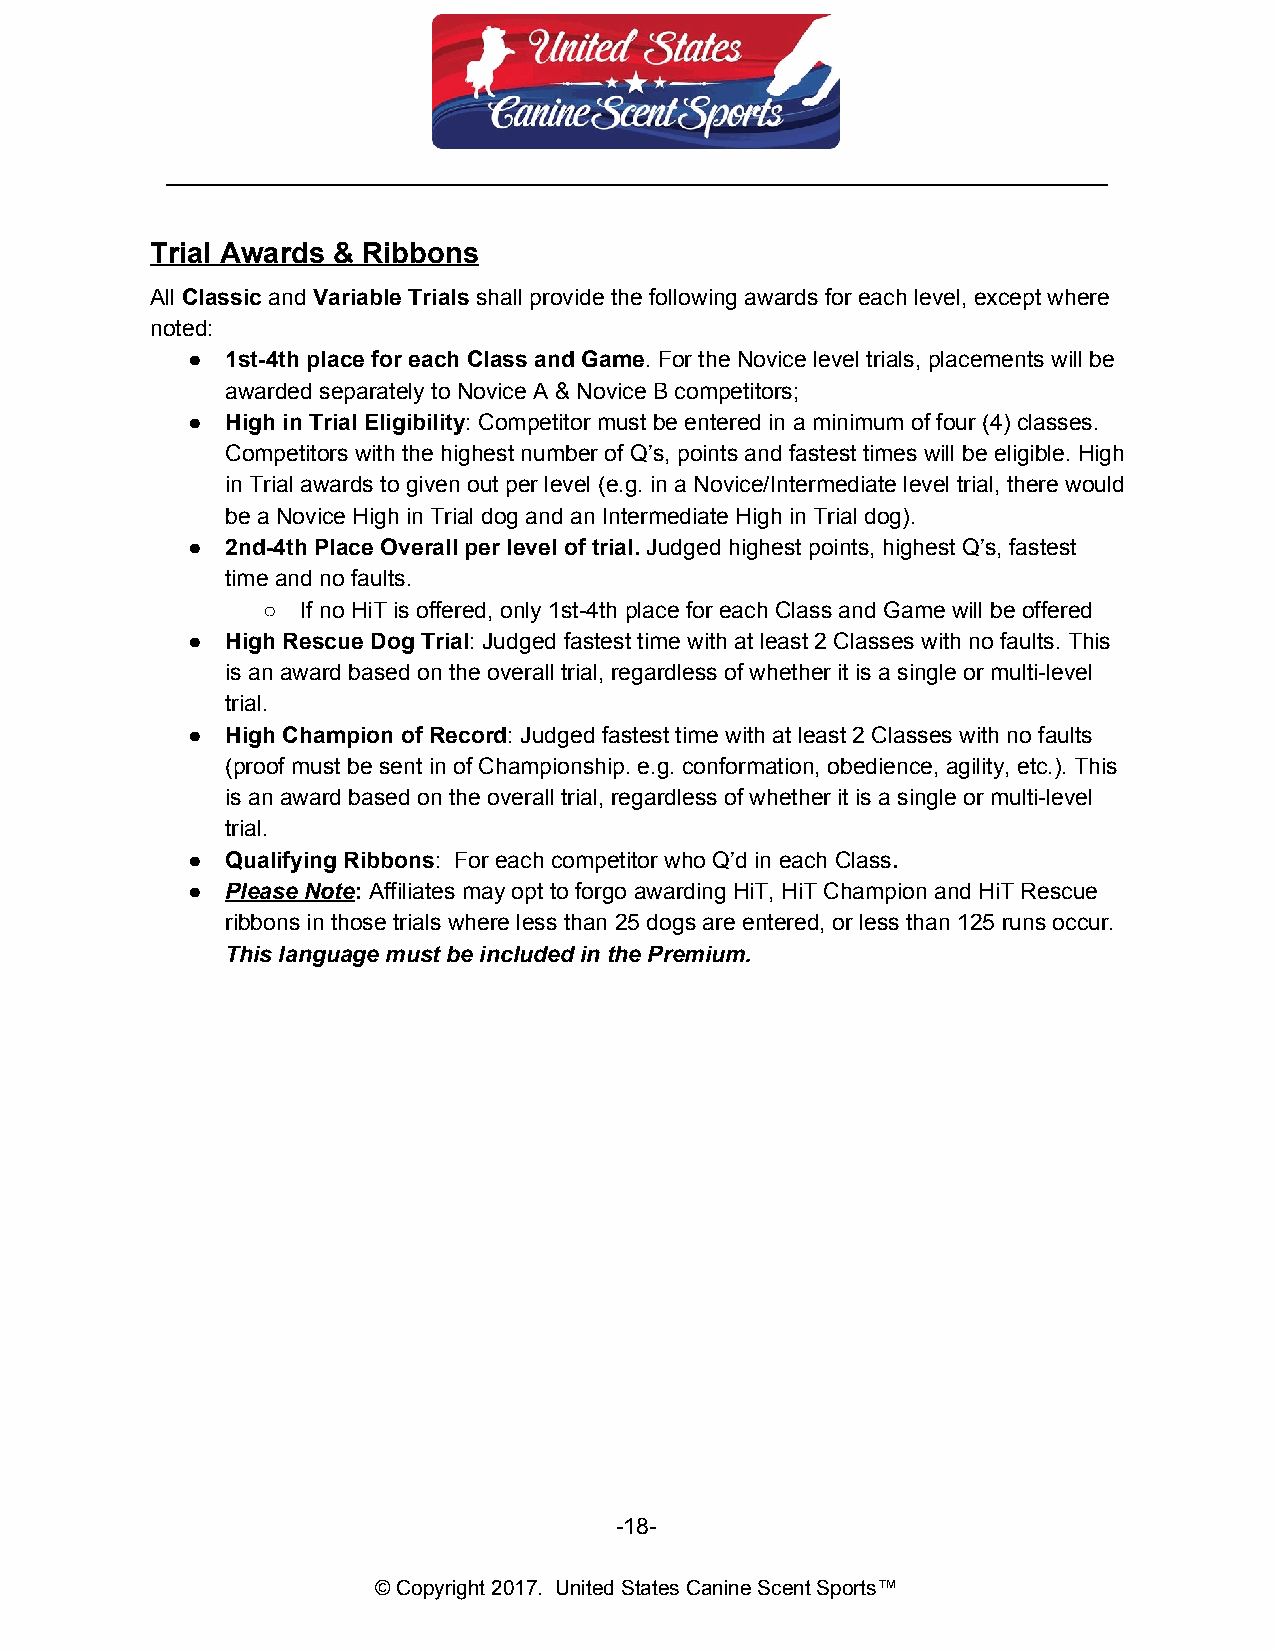
__________________________________________________________________________
 Trial Awards & Ribbons
 All Classic and Variable Trials shall provide the following awards for each level, except where
 ​    ​   ​         ​
 noted:
 ●  1st-4th place for each Class and Game. For the Novice level trials, placements will be
 ​
 awarded separately to Novice A & Novice B competitors;
 ●  High in Trial Eligibility: Competitor must be entered in a minimum of four (4) classes.
 ​
 Competitors with the highest number of Q’s, points and fastest times will be eligible. High
 in Trial awards to given out per level (e.g. in a Novice/Intermediate level trial, there would
 be a Novice High in Trial dog and an Intermediate High in Trial dog).
 ●  2nd-4th Place Overall per level of trial. Judged highest points, highest Q’s, fastest
 ​
 time and no faults.
 ○  If no HiT is offered, only 1st-4th place for each Class and Game will be offered
 ●  High Rescue Dog Trial: Judged fastest time with at least 2 Classes with no faults. This
 ​
 is an award based on the overall trial, regardless of whether it is a single or multi-level
 trial.
 ●  High Champion of Record: Judged fastest time with at least 2 Classes with no faults
 ​
 (proof must be sent in of Championship. e.g. conformation, obedience, agility, etc.). This
 is an award based on the overall trial, regardless of whether it is a single or multi-level
 trial.
 ●  Qualifying Ribbons: For each competitor who Q’d in each Class.
 ​                             ​
 ●  Please Note: Affiliates may opt to forgo awarding HiT, HiT Champion and HiT Rescue
 ​ ​
 ribbons in those trials where less than 25 dogs are entered, or less than 125 runs occur.
 This language must be included in the Premium.
 -18-
 © Copyright 2017. United States Canine Scent Sports™